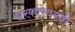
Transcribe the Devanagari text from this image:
सरकारवरची